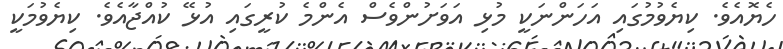
ހެޔޮއެވެ. ކިޔެވުމުގައި އަހަންނަކީ މުޅި އަވަށުންވެސް އެންމެ ކުރީގައި އުޅޭ ކުއްޖާއެވެ. ކިޔެވުމަކީ